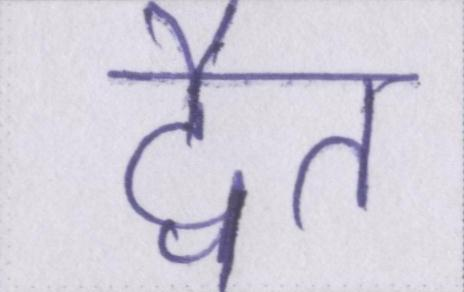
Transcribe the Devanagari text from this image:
द्वैत